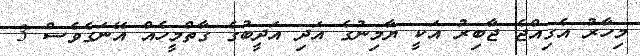
މިހާރު އެގިއްޖެ ޖާބިރު އަކީ ޔާމިނުގެ އަދި އަދީބުގެ ގާތްމީހެއް އޭނަގެވެސް 3